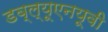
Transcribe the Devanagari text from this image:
डब्ल्यूएनयूवी